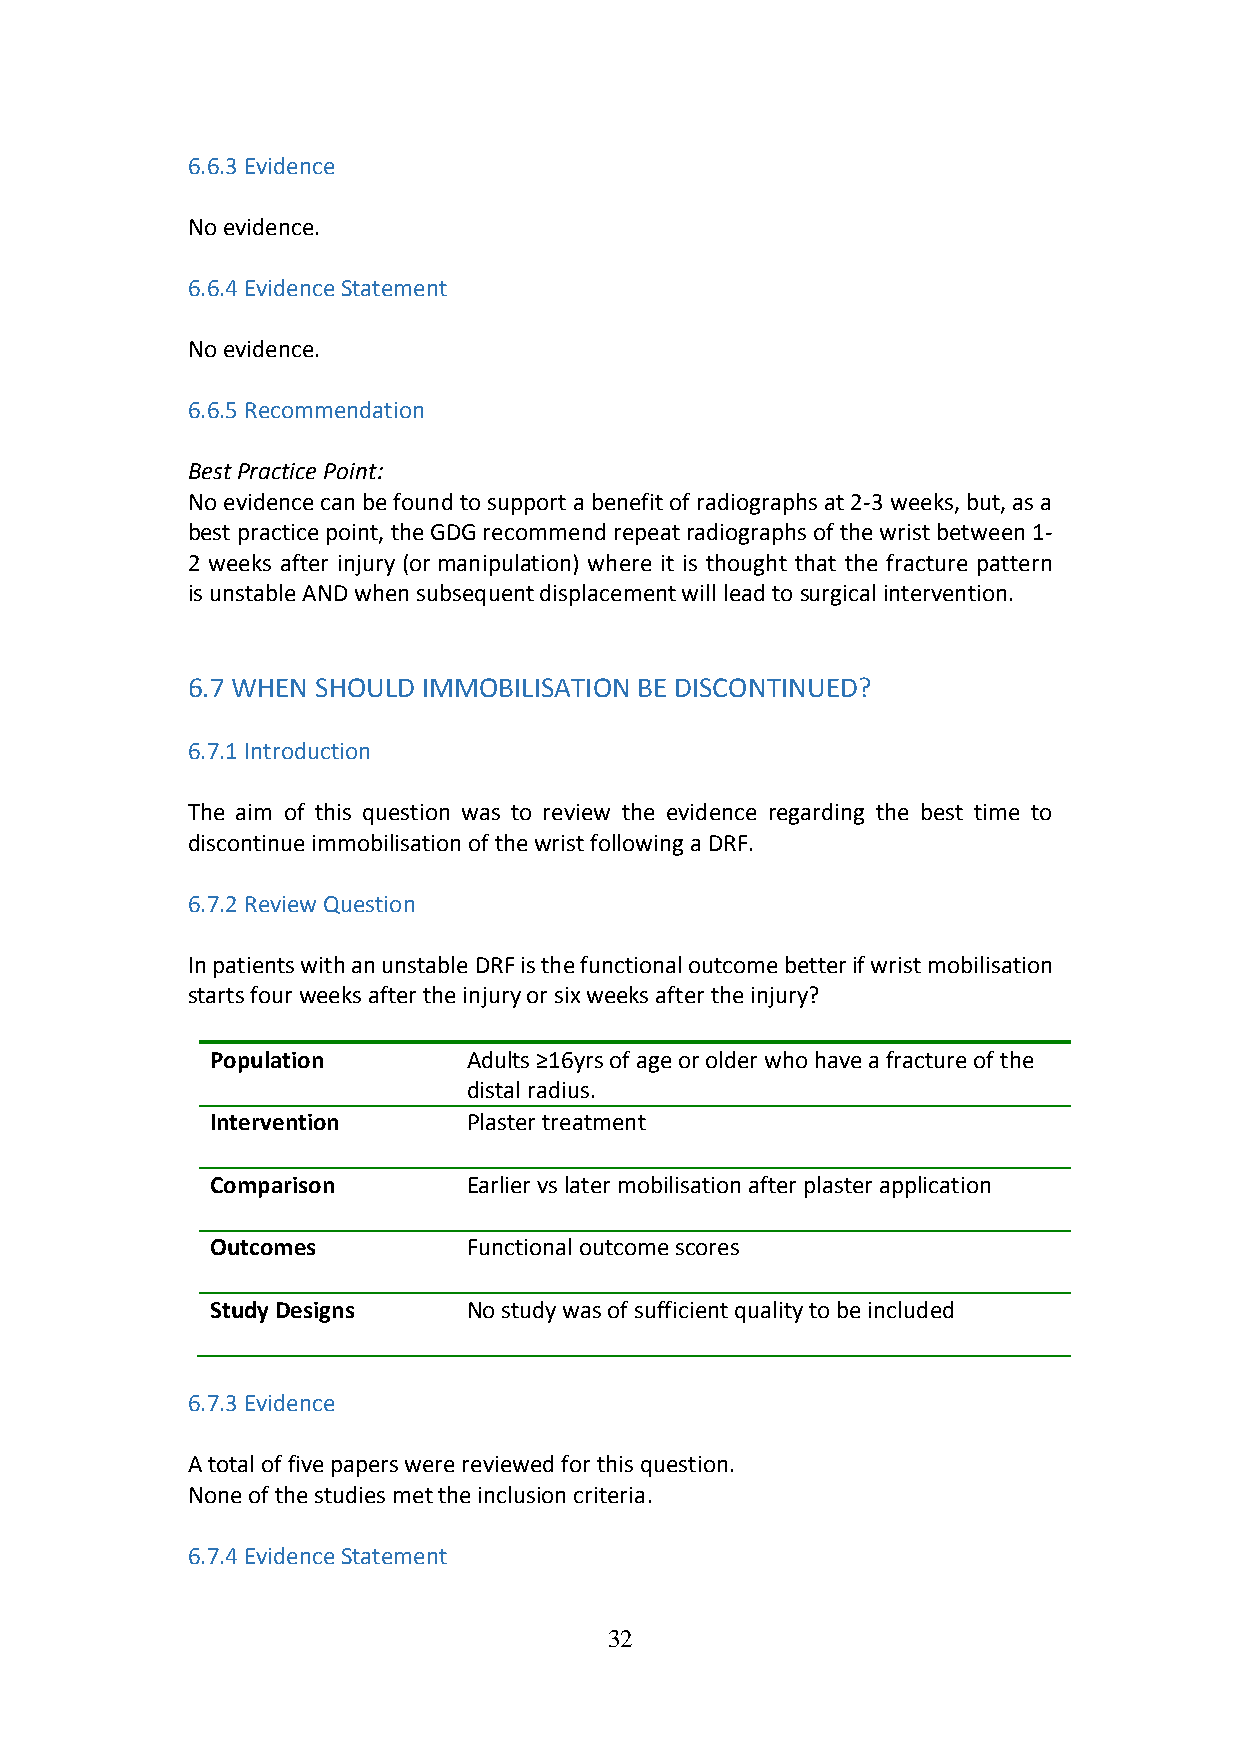
6.6.3 Evidence
 No evidence.
 6.6.4 Evidence Statement
 No evidence.
 6.6.5 Recommendation
 Best Practice Point:
 No evidence can be found to support a benefit of radiographs at 2-3 weeks, but, as a
 best practice point, the GDG recommend repeat radiographs of the wrist between 1-
 2 weeks after injury (or manipulation) where it is thought that the fracture pattern
 is unstable AND when subsequent displacement will lead to surgical intervention.
 6.7 WHEN SHOULD IMMOBILISATION BE DISCONTINUED?
 6.7.1 Introduction
 The aim of this question was to review the evidence regarding the best time to
 discontinue immobilisation of the wrist following a DRF.
 6.7.2 Review Question
 In patients with an unstable DRF is the functional outcome better if wrist mobilisation
 starts four weeks after the injury or six weeks after the injury?
 Population       Adults ≥16yrs of age or older who have a fracture of the
 distal radius.
 Intervention     Plaster treatment
 Comparison       Earlier vs later mobilisation after plaster application
 Outcomes         Functional outcome scores
 Study Designs    No study was of sufficient quality to be included
 6.7.3 Evidence
 A total of five papers were reviewed for this question.
 None of the studies met the inclusion criteria.
 6.7.4 Evidence Statement
 32